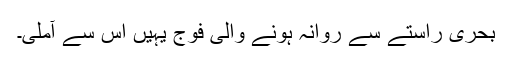
بحری راستے سے روانہ ہونے والی فوج یہیں اس سے آملی۔